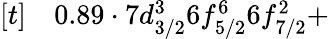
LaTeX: \begin{array}{rl}{[t]}&{{}0.89\cdot 7d_{3/2}^{3}6f_{5/2}^{6}6f_{7/2}^{2}+}\end{array}